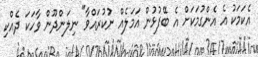
އެކަމަކު އެ އެންގުމަކަށް އެ ބޭފުޅުން އަމަލެއް ނުކުރައްވާ" ނިލަންދޫން ވާހަކަ ދެއްކި